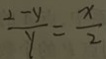
\frac { 2 - y } { y } = \frac { x } { 2 }